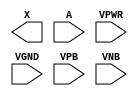
module sky130_fd_sc_lp__dlymetal6s2s (
    X   ,
    A   ,
    VPWR,
    VGND,
    VPB ,
    VNB
);

    output X   ;
    input  A   ;
    input  VPWR;
    input  VGND;
    input  VPB ;
    input  VNB ;
endmodule